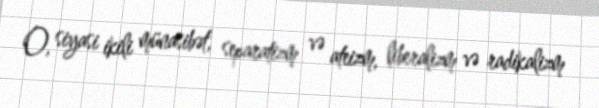
O, siyasi ikili münasibət, separatizm və ateizm, liberalizm və radikalizm